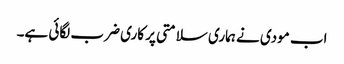
اب مودی نے ہماری سلامتی پر کاری ضرب لگائی ہے۔